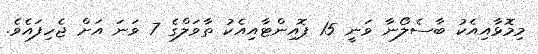
މިމޮޅާއިއެކު ބާސެލޯނާ ވަނީ 15 ޕޮއިންޓާއިއެކު ތާވަލްގެ 7 ވަނަ އަށް ޖެހިފައެވެ.